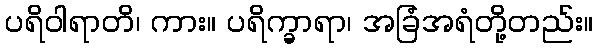
ပရိဝါရာတိ၊ ကား။ ပရိက္ခာရာ၊ အခြံအရံတို့တည်း။